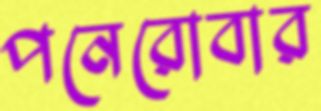
পনেরোবার